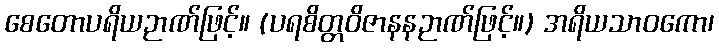
စေတောပရိယဉာဏ်ဖြင့်။ (ပရစိတ္တဝိဇာနနဉာဏ်ဖြင့်။) အရိယသာဝကော၊